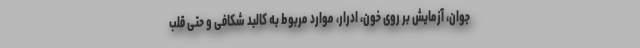
جوان، آزمایش بر روی خون، ادرار، موارد مربوط به کالبد شکافی و حتی قلب